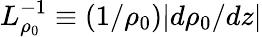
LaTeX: L_{\rho_{0}}^{-1}\equiv\left(1/\rho_{0}\right)|d\rho_{0}/dz|